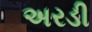
અરડી